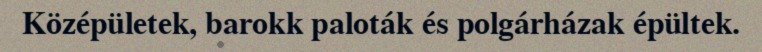
Középületek, barokk paloták és polgárházak épültek.